Alphabetical list of drugs, medicines and other preparations free from, and containing, spirit compiled from the results of tests made by the customs houses at Calcutta, Bombay, and Madras
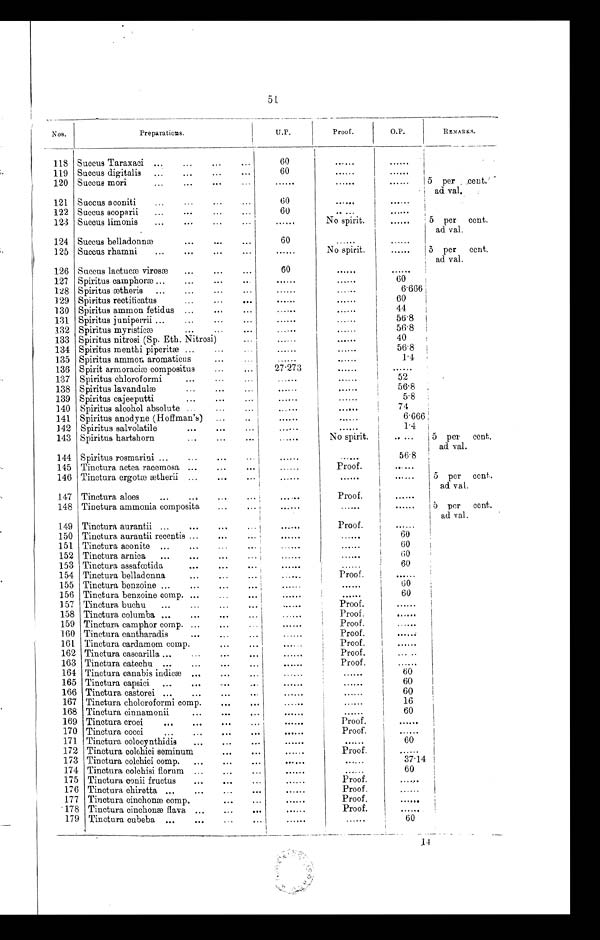
51.
Nos.
Preparations.
U.P.
Proof.
O.P.
REMARKS.
118 Succus Taraxaci ...
...
...
...
60
119 Succus digitalis ...
...
...
...
60
120 Succus mori
...
...
...
...
......
.....
5 p e r c e n t .
ad val.
121 Succus aconiti
...
...
...
...
60
.....
.....
122 Succus scoparii
...
...
...
...
60
.....
.....
123 Succus limonis
...
...
...
...
......
No spirit.
......
5 per cent.
ad val.
124 Succus belladonnæ
...
...
...
60
125 Succus rhamni
...
...
...
...
......
No spirit.
......
5 per cent.
ad val.
126 Succus lactucæ virosæ
...
...
60
127 Spiritus camphoræ ...
...
...
.....
60
128 Spiritus ætheris ...
...
...
...
......
.....
6.666
129 Spiritus rectificatus
...
...
...
......
60
130 Spiritus ammon fetidus ...
...
...
......
44
131 Spiritus juniperrii ...
...
...
...
......
56.8
132 Spiritus myristicæ
...
...
...
.....
56.8
133 Spiritus nitrosi (Sp. Eth. Nitrosi)
..
......
40
134 Spiritus menthi piperitæ ...
...
56.8
135 Spiritus ammon aromaticus
...
...
.....
1.4
136 Spirit armoraciæ compositus
...
...
27.273
......
137 Spiritus chloroformi
...
...
......
52
138 Spiritus lavandulæ
...
...
...
......
56.8
139 Spiritus cajeeputti
...
...
...
5.8
140 Spiritus alcohol absolute
...
.....
.....
74
141 Spiritus anodyne (Hoffman's) ...
..
......
6.666
142 Spiritus salvolatile
...
...
...
.....
1.4
143 Spiritus hartshorn
...
...
. . . . . .
No spirit.
......
5 per cent.
ad val.
144 Spiritus rosmarini ...
...
......
......
56.8
145 Tinctura actea racemosa ...
...
......
Proof.
146 Tinctura ergotæ ætherii ...
...
......
......
5 per cent.
ad val.
147 Tinctura aloes
...
...
...
..
Proof.
......
148 Tinctura ammonia composita
...
...
......
5 per cent.
ad val.
149 Tinctura aurantii
...
....
......
Proof.
.....
150 Tinctura aurantii recentis ...
...
...
......
.....
60
151 Tinctura aconite ...
...
...
...
......
......
60
152 Tinctura arnica
......
60
153 Tinctura assafœtida
...
...
...
......
60
154 Tinctura belladonna
...
...
...
Proof.
155 Tinctura benzoine ...
...
...
...
......
60
156 Tinctura benzoine comp. ...
...
...
......
60
157 Tinctura buchu
...
...
...
...
......
Proof.
......
158 Tinctura columba ...
...
...
...
.....
Proof.
......
159 Tinctura camphor comp. ...
...
...
......
Proof.
......
160 Tinctura cantharadis
...
....
....
.....
Proof.
......
161 Tinctura cardamom comp.
...
...
.....
Proof.
......
162 Tinctura cascarilla
...
....
......
Proof.
.....
163 Tinctura catechu ...
...
...
...
......
Proof.
......
164 Tinctura canabis indicæ ... ...
...
....
60
165 Tinctura capsici
...
...
...
......
60
166
T i n c t u r a c a s t o r e i . . .
......
60
167 Tinctura choloroformi comp. ...
. . .
......
16
168 Tinctura cinnamonii
...
...
...
.....
60
169 Tinctura croci
...
...
...
...
......
Proof.
.....
170 Tinctura cocci ...
...
...
...
. . .
......
Proof
......
171 Tinctura colocynthidis
...
...
...
......
60
172 Tinctura colchici seminum
...
...
.......
Proof.
......
173 Tinctura colchici comp.
......
37.14
174 Tinctura colchisi florum ...
...
...
......
60
175 Tinctura conii fructus
...
...
...
......
Proof.
.......
176 Tinctura chiretta ...
...
...
...
......
Proof.
......
177 Tinctura cinchonæ comp.
...
...
......
Proof.
178 Tinctura cinchonæ flava ...
...
...
......
Proof.
.....
179 Tinctura cubeba ......
...
...
.....
60
14